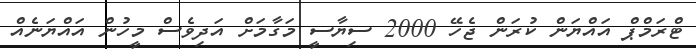
ޓްރަމްޕް އައްޔަން ކުރަން ޖެހޭ 2000 ސިޔާސީ މަގާމަށް އަދިވެސް މީހުން އައްޔަނެއް